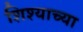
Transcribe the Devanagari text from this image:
शिश्याच्या